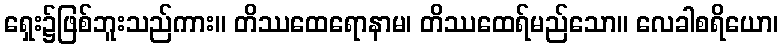
ရှေး၌ဖြစ်ဘူးသည်ကား။ တိဿထေရောနာမ၊ တိဿထေရ်မည်သော။ လေခါစရိယော၊